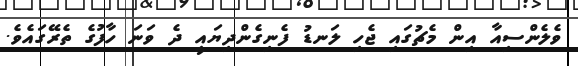
ވެލެންސިއާ އިން މެޗުގައި ޖެހި ލަނޑު ފެނިގެންދިޔައީ ދެ ވަނަ ހާފުގެ ތެރޭގައެވެ.